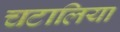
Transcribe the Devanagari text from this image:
चटालिया